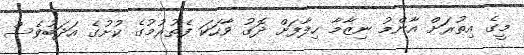
މީގެ އިތުރަށް އާންމު ނިޒާމާ ހިލާފަށް ދޮގު ވާހަކަ ފެތުރުމުގެ ކުށުގެ އަދަބުވެސް